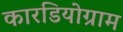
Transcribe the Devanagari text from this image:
कारडियोग्राम